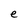
Character: e